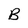
Character: B